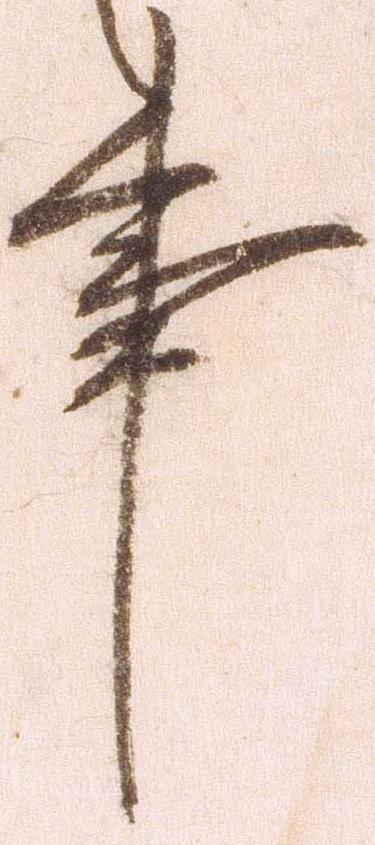
事